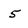
Character: 5